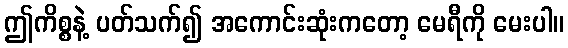
ဤကိစ္စနဲ့ ပတ်သက်၍ အကောင်းဆုံးကတော့ မေရီကို မေးပါ။